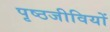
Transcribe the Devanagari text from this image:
पृष्ठजीवियों